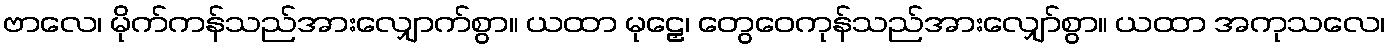
ဗာလေ၊ မိုက်ကန်သည်အားလျှောက်စွာ။ ယထာ မုဠှေ၊ တွေဝေကုန်သည်အားလျှော်စွာ။ ယထာ အကုသလေ၊